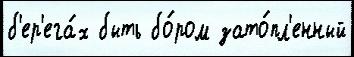
б'ер'ега́х быть бо́ром зато́пл'енный